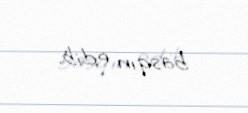
basqın edib.